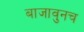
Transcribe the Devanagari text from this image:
बाजावुनच